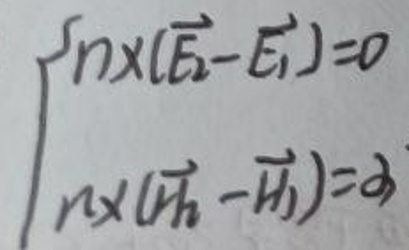
\[
\begin{cases}
\mathbf{n} \times (\vec{E}_2 - \vec{E}_1) = 0 \\
\mathbf{n} \times (\vec{H}_2 - \vec{H}_1) = \vec{\alpha}
\end{cases}
\]